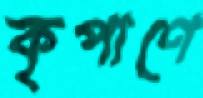
কৃপাণে